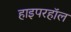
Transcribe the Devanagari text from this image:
हाइपरहॉल